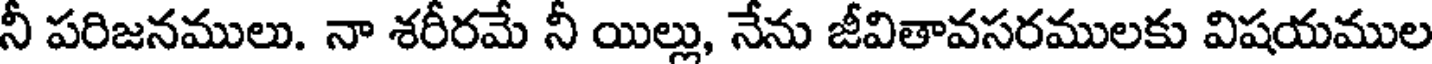
నీ పరిజనములు. నా శరీరమే నీ యిల్లు, నేను జీవితావసరములకు విషయముల